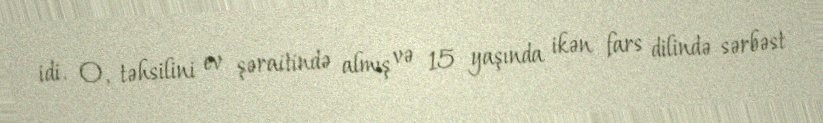
idi. O, təhsilini ev şəraitində almış və 15 yaşında ikən fars dilində sərbəst